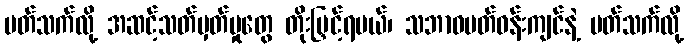
ပတ်သက်လို့ အဆင့်သတ်မှတ်မှုတွေ တိုးမြှင့်ရမယ်၊ သဘာဝပတ်ဝန်းကျင်နဲ့ ပတ်သက်လို့